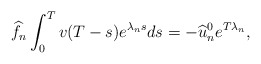
\begin{align*} \widehat{f}_n\int_{0}^{T}v(T-s)e^{\lambda_ns}ds=-\widehat{u}_{n}^{0}e^{T\lambda_n},\end{align*}